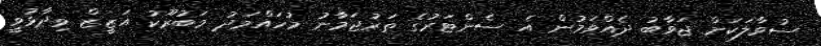
ސުވާލަކަށް ޖަވާބު ދެއްވަމުން އެ ސެންޓަރުގެ ތަރުޖަމާނު މުހައްމަދު މަބުރޫކު އަޒީޒް ވިދާޅުވީ